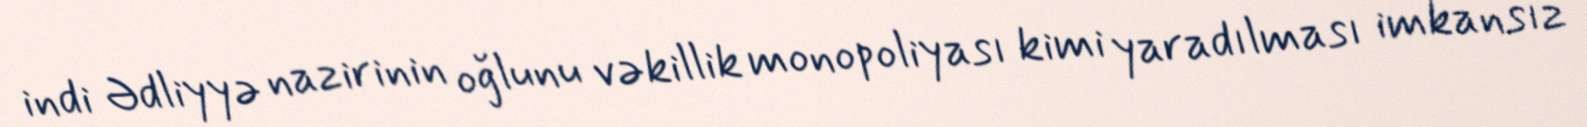
indi Ədliyyə nazirinin oğlunu vəkillik monopoliyası kimi yaradılması imkansız